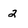
Character: 2